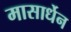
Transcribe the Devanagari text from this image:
मासार्धेन